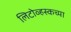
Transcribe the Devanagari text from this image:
लिटोव्हस्कच्या